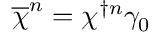
\overline { { { \chi } } } ^ { n } = \chi ^ { \dagger n } \gamma _ { 0 }